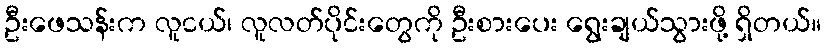
ဦးဖေသန်းက လူငယ်၊ လူလတ်ပိုင်းတွေကို ဦးစားပေး ရွေးချယ်သွားဖို့ ရှိတယ်။